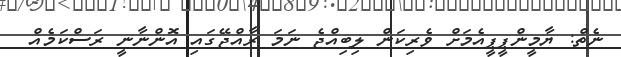
ނެތް: ޔާމީންޕީޕީއެމަށް ވެެރިކަން ލިބިއްޖެ ނަމަ ރާއްޖޭގައި އޮންނާނީ ރަސްކަމެއް